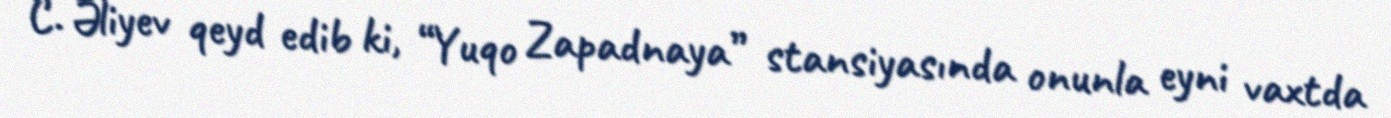
C. Əliyev qeyd edib ki, “Yuqo Zapadnaya” stansiyasında onunla eyni vaxtda